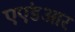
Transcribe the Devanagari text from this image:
एएंडआर